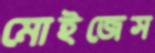
মোইজেস